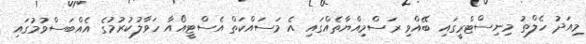
މިއަދު ހެލްތު މިނިސްޓްރީގައި ބޭއްވި ރަސްމިއްޔާތެއްގައި އެ މަސައްކަތް އެސްޓީއޯއާ ހަވާލުކުރުމުގެ އެއްބަސްވުމުގައި